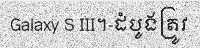
Galaxy S III។-ដំបូងត្រូវ